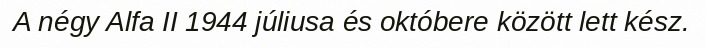
A négy Alfa II 1944 júliusa és októbere között lett kész.